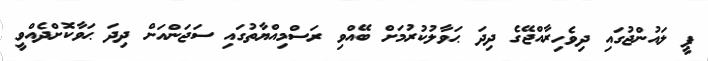
ޕީ ލައުންޖުގައި ދިވެހިރާއްޖޭގެ ދިދަ ޙަވާލުކުރުމަށް ބޭއްވި ރަސްމިއްޔާތުގައި ސަޖަންއަށް ދިދަ ޙަވާކޮށްދެއްވީ